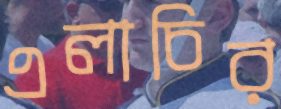
এলাচির